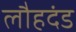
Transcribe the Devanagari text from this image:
लौहदंड